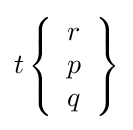
t\left\{{\begin{array}{l}r\\p\\q\end{array}}\right\}